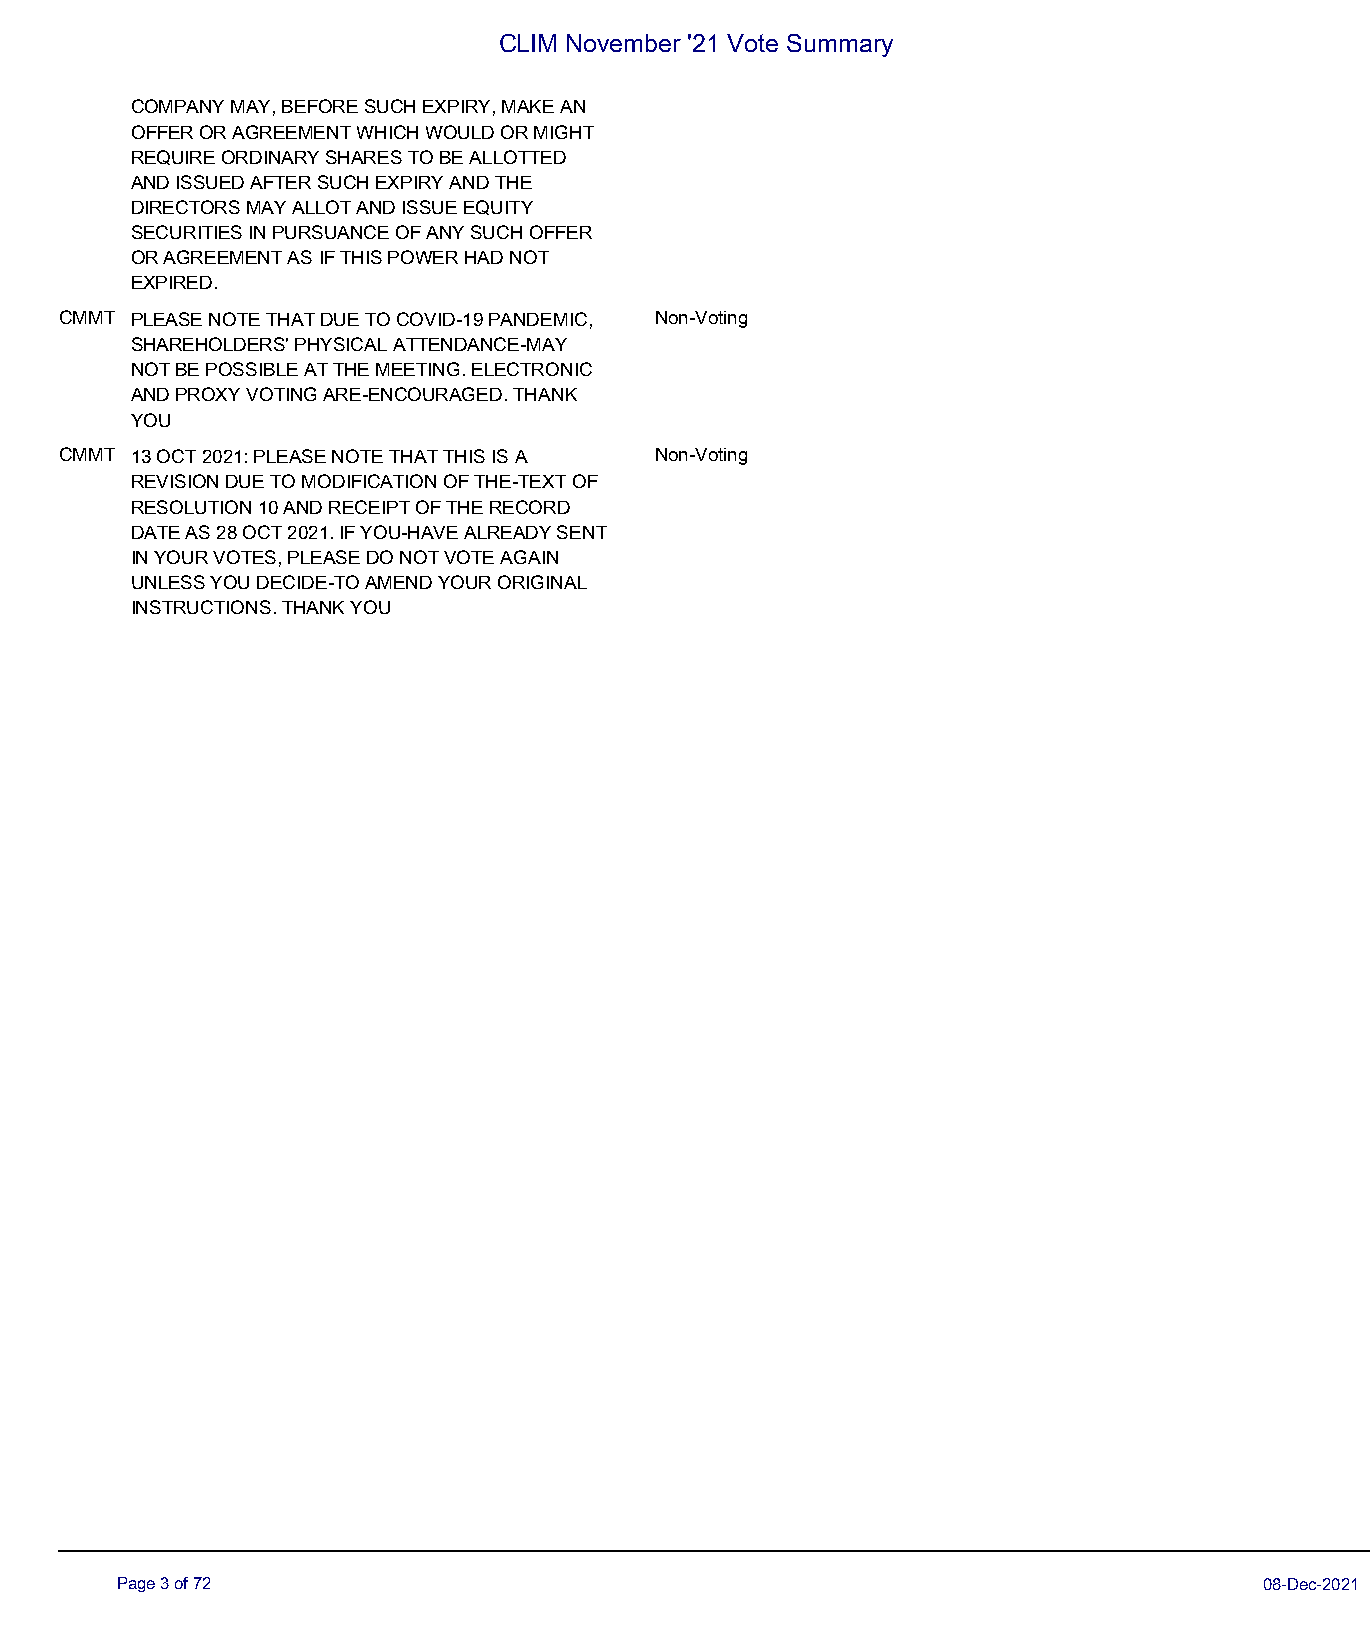
CLIM November '21 Vote Summary
 COMPANY MAY, BEFORE SUCH EXPIRY, MAKE AN
 OFFER OR AGREEMENT WHICH WOULD OR MIGHT
 REQUIRE ORDINARY SHARES TO BE ALLOTTED
 AND ISSUED AFTER SUCH EXPIRY AND THE
 DIRECTORS MAY ALLOT AND ISSUE EQUITY
 SECURITIES IN PURSUANCE OF ANY SUCH OFFER
 OR AGREEMENT AS IF THIS POWER HAD NOT
 EXPIRED.
 CMMT PLEASE NOTE THAT DUE TO COVID-19 PANDEMIC, Non-Voting
 SHAREHOLDERS' PHYSICAL ATTENDANCE-MAY
 NOT BE POSSIBLE AT THE MEETING. ELECTRONIC
 AND PROXY VOTING ARE-ENCOURAGED. THANK
 YOU
 CMMT 13 OCT 2021: PLEASE NOTE THAT THIS IS A Non-Voting
 REVISION DUE TO MODIFICATION OF THE-TEXT OF
 RESOLUTION 10 AND RECEIPT OF THE RECORD
 DATE AS 28 OCT 2021. IF YOU-HAVE ALREADY SENT
 IN YOUR VOTES, PLEASE DO NOT VOTE AGAIN
 UNLESS YOU DECIDE-TO AMEND YOUR ORIGINAL
 INSTRUCTIONS. THANK YOU
 Page 3 of 72                                                                08-Dec-2021